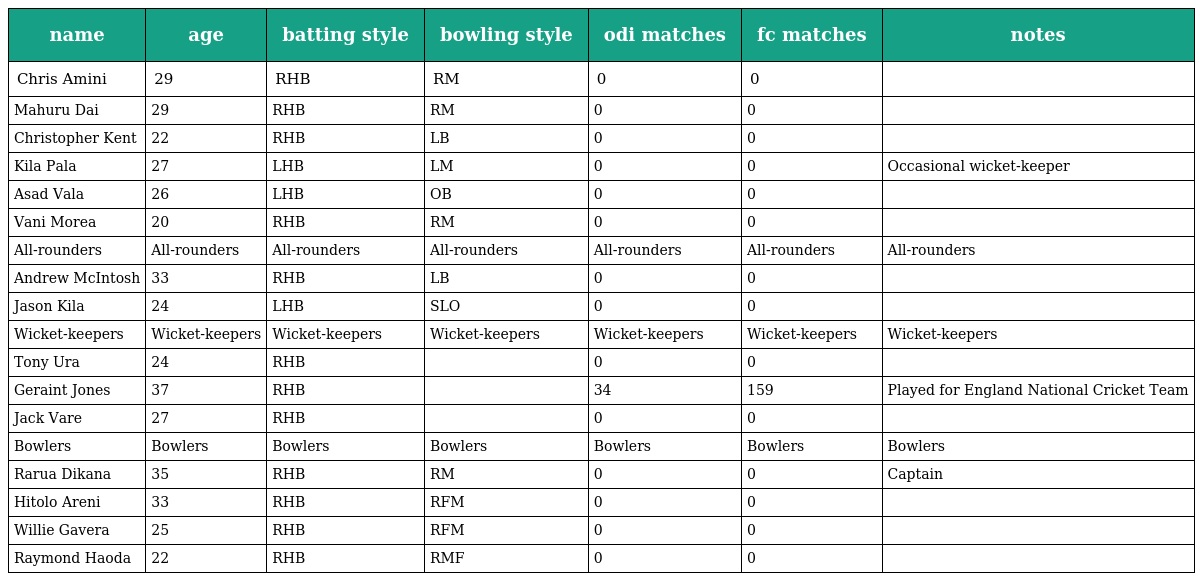
| name | age | batting style | bowling style | odi matches | fc matches | notes |
 | --- | --- | --- | --- | --- | --- | --- |
 | Chris Amini | 29 | RHB | RM | 0 | 0 |  |
 | Mahuru Dai | 29 | RHB | RM | 0 | 0 |  |
 | Christopher Kent | 22 | RHB | LB | 0 | 0 |  |
 | Kila Pala | 27 | LHB | LM | 0 | 0 | Occasional wicket-keeper |
 | Asad Vala | 26 | LHB | OB | 0 | 0 |  |
 | Vani Morea | 20 | RHB | RM | 0 | 0 |  |
 | All-rounders | All-rounders | All-rounders | All-rounders | All-rounders | All-rounders | All-rounders |
 | Andrew McIntosh | 33 | RHB | LB | 0 | 0 |  |
 | Jason Kila | 24 | LHB | SLO | 0 | 0 |  |
 | Wicket-keepers | Wicket-keepers | Wicket-keepers | Wicket-keepers | Wicket-keepers | Wicket-keepers | Wicket-keepers |
 | Tony Ura | 24 | RHB |  | 0 | 0 |  |
 | Geraint Jones | 37 | RHB |  | 34 | 159 | Played for England National Cricket Team |
 | Jack Vare | 27 | RHB |  | 0 | 0 |  |
 | Bowlers | Bowlers | Bowlers | Bowlers | Bowlers | Bowlers | Bowlers |
 | Rarua Dikana | 35 | RHB | RM | 0 | 0 | Captain |
 | Hitolo Areni | 33 | RHB | RFM | 0 | 0 |  |
 | Willie Gavera | 25 | RHB | RFM | 0 | 0 |  |
 | Raymond Haoda | 22 | RHB | RMF | 0 | 0 |  |